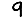
Digit: 9